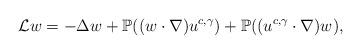
LaTeX: \begin{align*}\mathcal{L}w=-\Delta w+\mathbb{P}((w\cdot\nabla)u^{c,\gamma})+\mathbb{P}((u^{c,\gamma}\cdot\nabla)w),\end{align*}